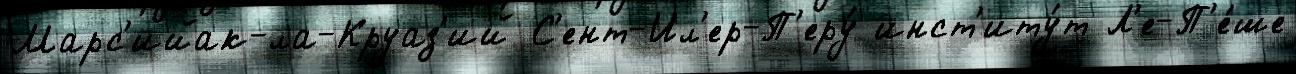
Марс'ийак-ла-Круаз'ий С'ент-Ил'ер-П'еру́ инст'иту́т Л'е-П'е́ше